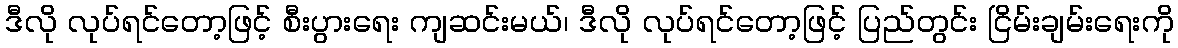
ဒီလို လုပ်ရင်တော့ဖြင့် စီးပွားရေး ကျဆင်းမယ်၊ ဒီလို လုပ်ရင်တော့ဖြင့် ပြည်တွင်း ငြိမ်းချမ်းရေးကို